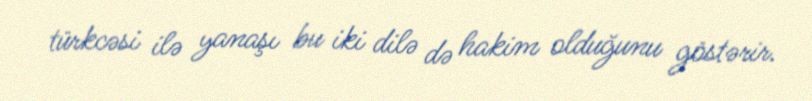
türkcəsi ilə yanaşı bu iki dilə də hakim olduğunu göstərir.